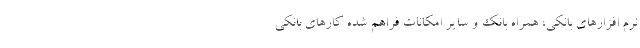
نرم افزار‌های بانکی، همراه بانک و سایر امکانات فراهم شده کار‌های بانکی